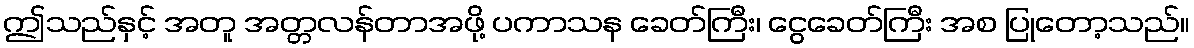
ဤသည်နှင့် အတူ အတ္တလန်တာအဖို့ ပကာသန ခေတ်ကြီး၊ ငွေခေတ်ကြီး အစ ပြုတော့သည်။